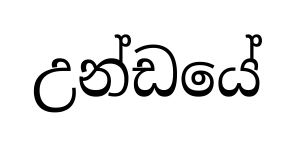
උන්ඩයේ